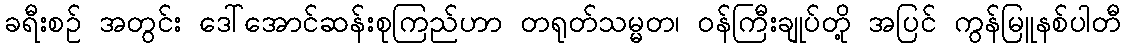
ခရီးစဉ် အတွင်း ဒေါ်အောင်ဆန်းစုကြည်ဟာ တရုတ်သမ္မတ၊ ဝန်ကြီးချုပ်တို့ အပြင် ကွန်မြူနစ်ပါတီ